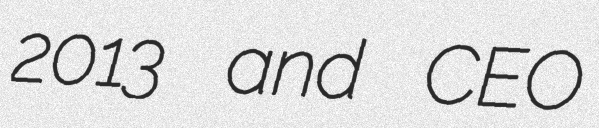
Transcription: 2013 and CEO